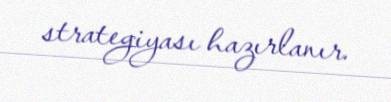
strategiyası hazırlanır.